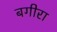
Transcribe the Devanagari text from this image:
बगीरा